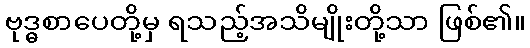
ဗုဒ္ဓစာပေတို့မှ ရသည့်အသိမျိုးတို့သာ ဖြစ်၏။